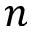
n